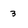
Character: 3